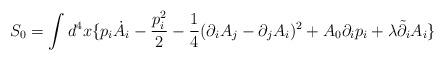
LaTeX: \begin{align*}S_0= \int d^4x \{p_i \dot A_i- \frac{p_i^2}{2}- \frac{1}{4}(\partial_iA_j-\partial_jA_i)^2+A_0 \partial_ip_i+ \lambda \tilde{\partial}_iA_i \}\end{align*}